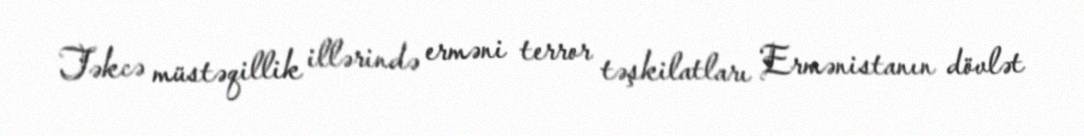
Təkcə müstəqillik illərində erməni terror təşkilatları Ermənistanın dövlət